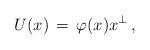
LaTeX: \begin{align*}U(x) & \, = \, \varphi (x) x^\bot\,, \end{align*}